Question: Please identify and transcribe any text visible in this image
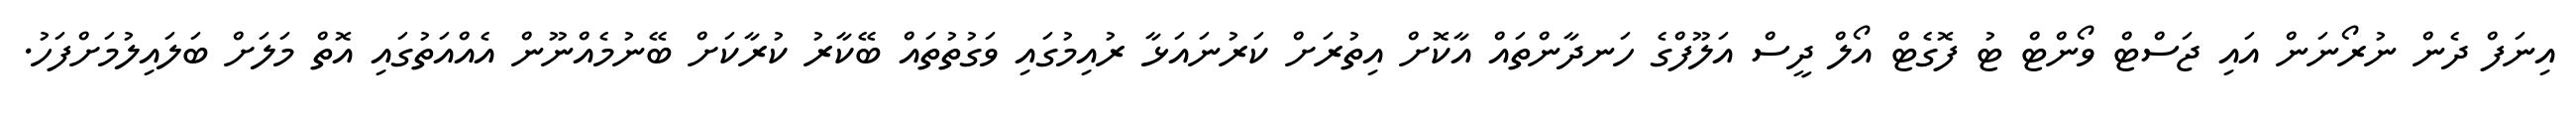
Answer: އިނަފް ދެން ނުރޯނަން އައި ޖަސްޓް ވޯންޓް ޓު ފޮގެޓް އޯލް ދީސް އަލޫފްގެ ހަނދާންތައް އާކޮށް އިތުރަށް ކަރުނައަޅާ ރުއިމުގައި ވަގުތުތައް ބޭކާރު ކުރާކަށް ބޭނުމެއްނޫން އެއްއަތުގައި އޮތް މަލަށް ބަލައިލުމަށްފަހު.